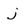
Character: j